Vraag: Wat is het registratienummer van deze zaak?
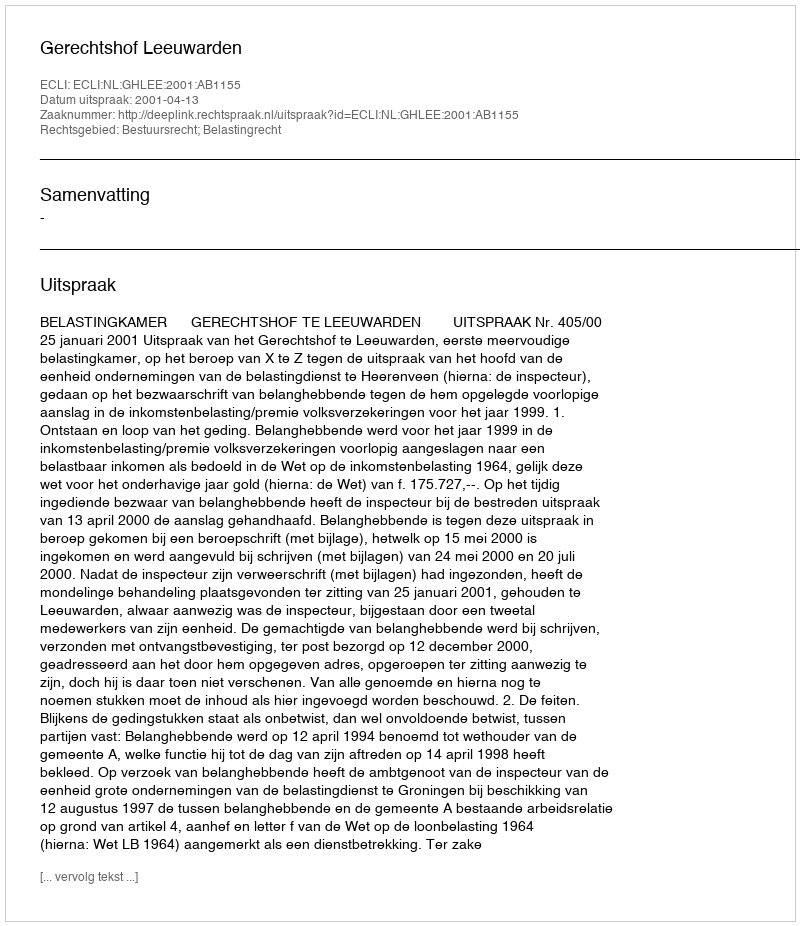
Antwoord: http://deeplink.rechtspraak.nl/uitspraak?id=ECLI:NL:GHLEE:2001:AB1155